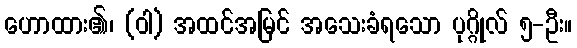
ဟောထား၏၊ (ဝါ) အထင်အမြင် အသေးခံရသော ပုဂ္ဂိုလ် ၅-ဦး။